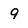
Character: 9